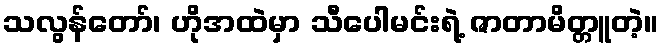
သလွန်တော်၊ ဟိုအထဲမှာ သီပေါမင်းရဲ့ ဇာတာမိတ္တူတဲ့။